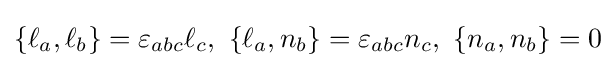
\{\ell _{a},\ell _{b}\}=\varepsilon _{abc}\ell _{c},\ \{\ell _{a},n_{b}\}=\varepsilon _{abc}n_{c},\ \{n_{a},n_{b}\}=0